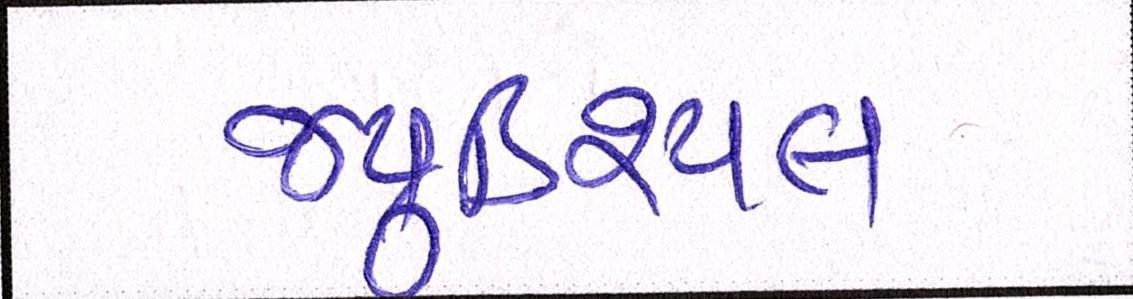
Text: જ્યુડિશ્યલ